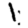
Digit: 1